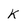
Character: K